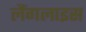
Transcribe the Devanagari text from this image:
लैंगलाइस